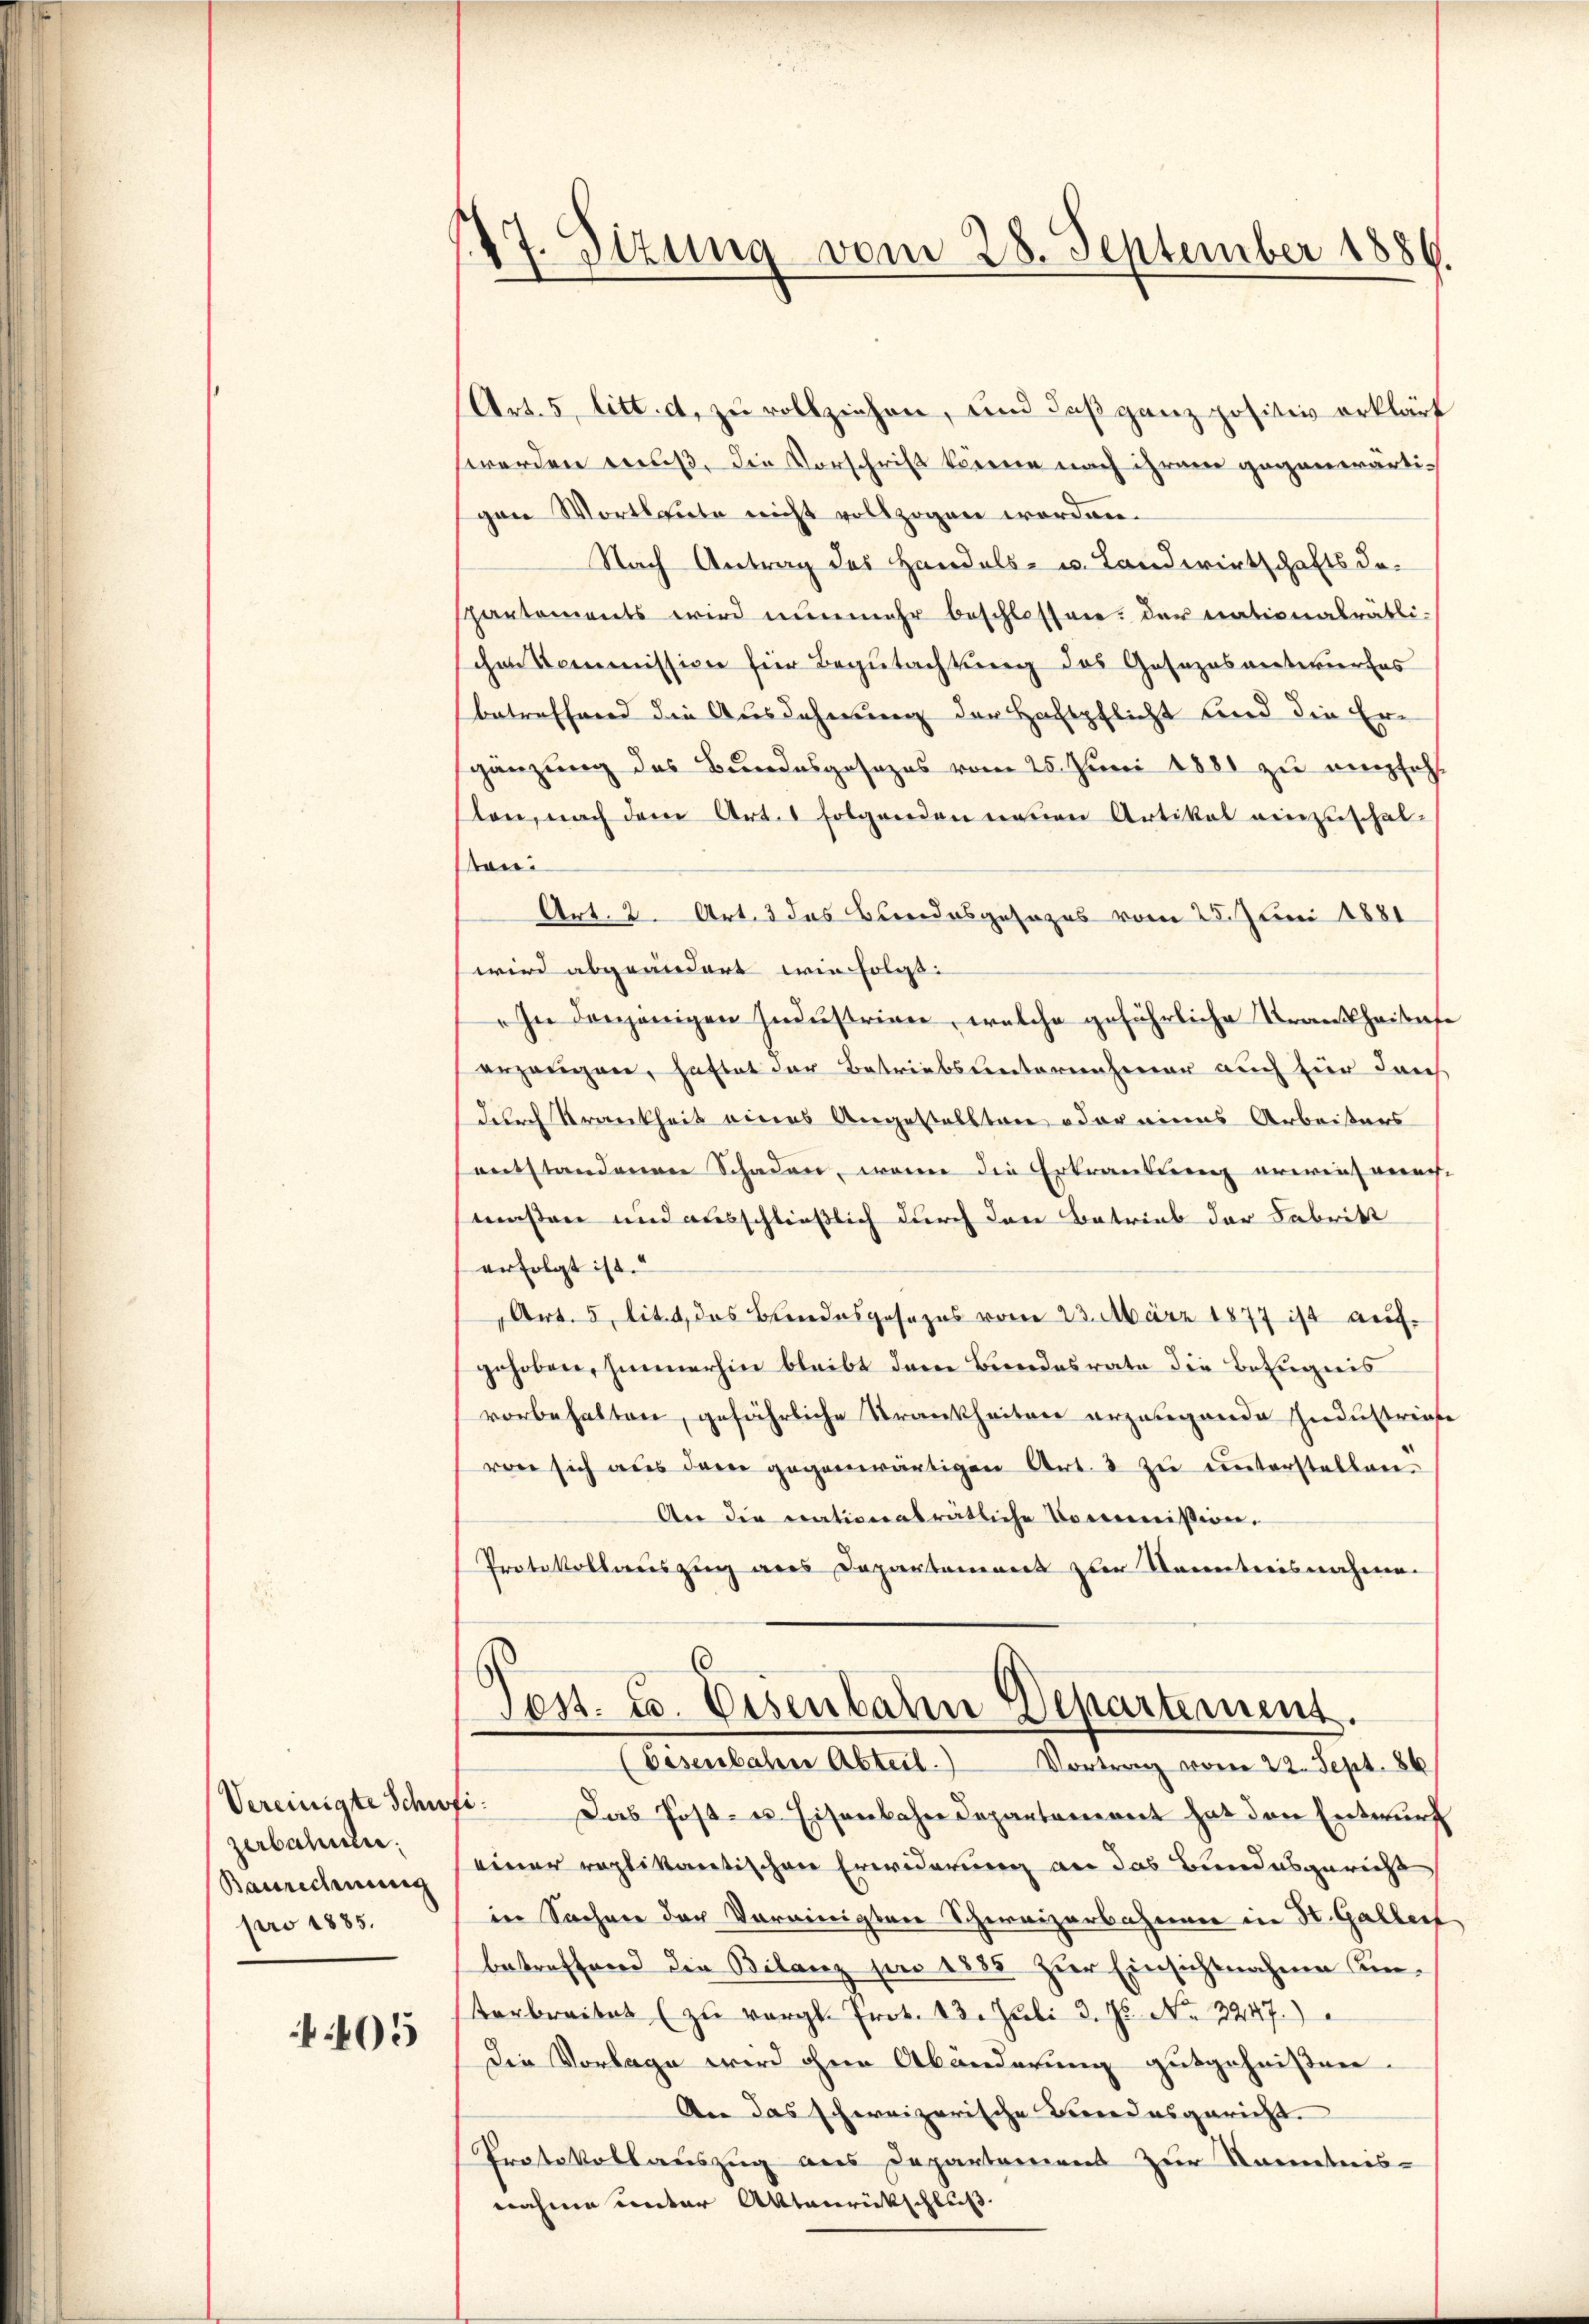
Vereinigte Schif
zerbahnen.
Baurechnung
pro 1885.

405

147. Sizung vom 28. September 1886.

Art. 5 litt. d, zu vollziehen, und daß ganz positiv erklärt
werden muß, die Vorschrift könne nach ihrem gegenwärtigen Wortlaute nicht vollzogen worden.
Nach Antrag des Handels- u. Landwirtschafts dapartements wird nunmehr beschlossen. Der nationalrätlichen Kommission für Begutachtung des Gesezesantwurfes
betreffend die Ausdehnung der Haftpflicht sind die Ergänzung des Bundesgesezes vom 25. Juni 1881 zu empfehl
sten, nach dem Art. 1 folgenden neuen Artikal einzuschal-
ton:
Art. 2. Art. 3 das Bundesgesezes vom 25. Juni 1881
wird abgeändert wie folgt. |
In denjenigen Industrien, welche gefährliche Krankheitese
erzeugen, haftet der Betriebsunternehmer auch für darch
durch Krankheit eines Angestellten oder eines Arbeiters
entstandenen Schaden, wenn die Ertrautung erweich verach-
maßen und ausschließlich durch den Betrieb der Fabrikt
erfolgt ist.
Art. 5 lit. d, das Bundesgesezes vom 23. März 1877 ist auf
gehoben, immerhin bleibt dem Bundesrate die Befugnis
vorbehalten, gefährliche Krankheiten erzeugende Industriefe
von sich aus dem gegenwärtigen Art. 3 zu unterstellen.
An die nationalrätliche Commißion,
Protokollauszug aus Departement zur Kenntnisnahme.
6

Jes. v. Eisenbahn Departement.
(Eisenbahn Abteil. Vortrag vom 22. Sept. 86

.
Das Post- u. Eisenbahndepartement hat den Entwurf
einer replikantischen Erwiderung an das Bundesgericht
in Sachen der Vereinigten Schweizerbahner in St. Galler
betreffend die Bilanz pro 1885 zur Einsichtnahme Kinterbreitet (zŭ vergl. Prot. 23. Juli 3. Js. No. 2247.
Die Vorlage wird ohne Abänderung gutgeheißen.
An das schweizerische Kindesgericht
Protokollauszug aus Departamens zur Kenntnis-
nahme unter Aktenrückschluß